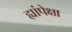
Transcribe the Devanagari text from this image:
ह्यांपेक्षा